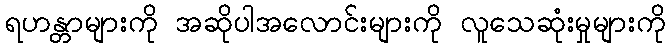
ရဟန္တာများကို အဆိုပါအလောင်းများကို လူသေဆုံးမှုများကို